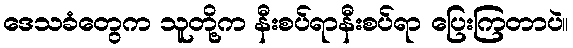
ဒေသခံတွေက သူတို့က နီးစပ်ရာနီးစပ်ရာ ပြေးကြတာပဲ။